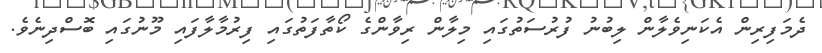
ދެމަފިރިން އެކަނިވެލާން ލިބުނު ފުރުސަތުގައި މިލާން ރިވާންގެ ކޯތާފަތުގައި ފިރުމާލާފައި މޫނުގައި ބޮސްދިނެވެ.